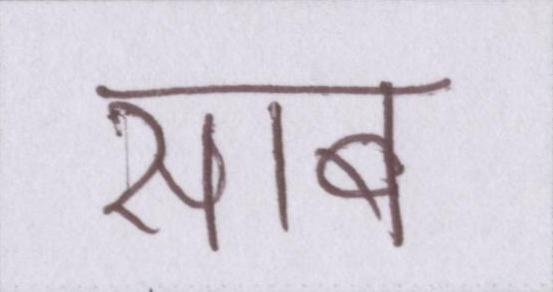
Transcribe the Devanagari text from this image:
साब